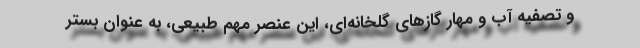
و تصفیه آب و مهار گازهای گلخانه‌ای، این عنصر مهم طبیعی، به عنوان بستر